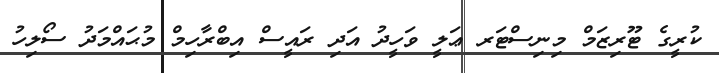
ކުރީގެ ޓޫރިޒަމް މިނިސްޓަރ ޢަލީ ވަހީދު އަދި ރައީސް އިބްރާހިމް މުޙައްމަދު ސޯލިހު